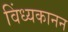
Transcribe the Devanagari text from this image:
विंध्यकानन